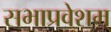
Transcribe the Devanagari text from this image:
सभाप्रवेशम्